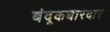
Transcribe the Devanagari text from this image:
बंदूकबारदार